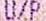
U/P